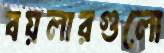
বয়লারগুলো